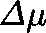
\mathit { \Delta } \mu